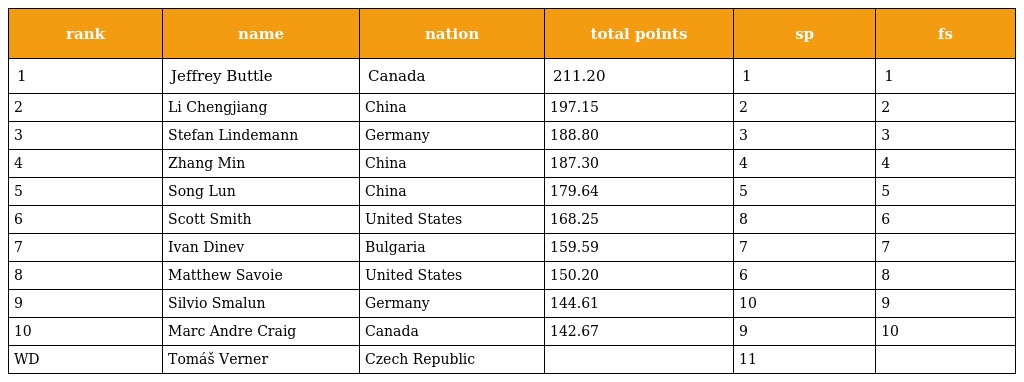
| rank | name | nation | total points | sp | fs |
 | --- | --- | --- | --- | --- | --- |
 | 1 | Jeffrey Buttle | Canada | 211.20 | 1 | 1 |
 | 2 | Li Chengjiang | China | 197.15 | 2 | 2 |
 | 3 | Stefan Lindemann | Germany | 188.80 | 3 | 3 |
 | 4 | Zhang Min | China | 187.30 | 4 | 4 |
 | 5 | Song Lun | China | 179.64 | 5 | 5 |
 | 6 | Scott Smith | United States | 168.25 | 8 | 6 |
 | 7 | Ivan Dinev | Bulgaria | 159.59 | 7 | 7 |
 | 8 | Matthew Savoie | United States | 150.20 | 6 | 8 |
 | 9 | Silvio Smalun | Germany | 144.61 | 10 | 9 |
 | 10 | Marc Andre Craig | Canada | 142.67 | 9 | 10 |
 | WD | Tomáš Verner | Czech Republic |  | 11 |  |